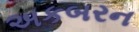
અકબરન